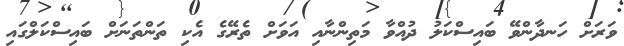
ވަރަށް ހަނދާންވޭ ބައިސްކަލު ދުއްވާ މަތިންނާއި އަވަށް ތެރޭގެ އެކި ތަަންތަނަށް ބައިސްކަލްގައި